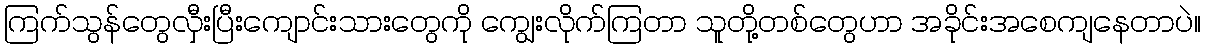
ကြက်သွန်တွေလှီးပြီးကျောင်းသားတွေကို ကျွေးလိုက်ကြတာ သူတို့တစ်တွေဟာ အခိုင်းအစေကျနေတာပဲ။